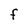
Character: F